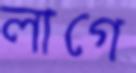
লাগে